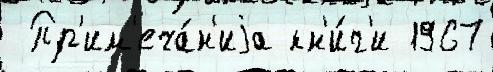
 Пр'им'еча́н'иjа кн'и́г'и 1967